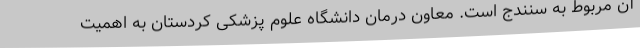
آن مربوط به سنندج است. معاون درمان دانشگاه علوم پزشکی کردستان به اهمیت